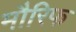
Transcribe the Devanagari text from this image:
मौरिफ